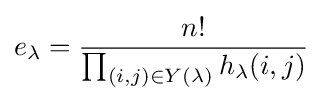
e_{\lambda }={\frac {n!}{\prod _{(i,j)\in Y(\lambda )}h_{\lambda }(i,j)}}